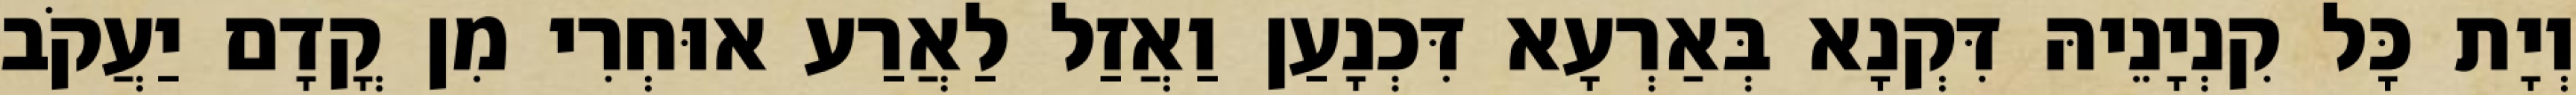
וְיָת כָּל קִנְיָנֵיהּ דִּקְנָא בְּאַרְעָא דִּכְנָעַן וַאֲזַל לַאֲרַע אוּחְרִי מִן קֳדָם יַעֲקֹב